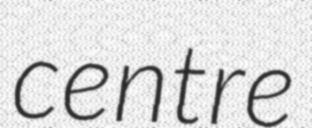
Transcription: centre